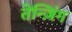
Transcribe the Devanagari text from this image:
तेन्ज़िंग